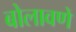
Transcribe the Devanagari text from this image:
बोलावणें